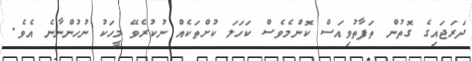
ދަރަޖައިގެ ގޮތުން ތަފާތުވިއަސް ކޮންމެވެސް ކަހަލަ ކުށްތަކެއް ނުކުރެވޭ މީހަކު ނުހުންނާނެ އެވެ.